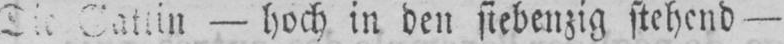
- hoch in den siebenzig stehend -